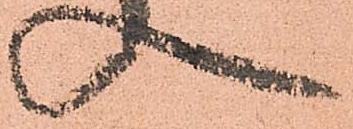
入